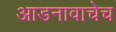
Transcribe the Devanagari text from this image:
आडनावाचेच